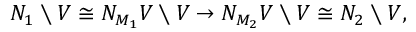
N _ { 1 } \setminus V \cong N _ { M _ { 1 } } V \setminus V \to N _ { M _ { 2 } } V \setminus V \cong N _ { 2 } \setminus V ,